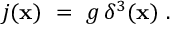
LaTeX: { j ( { \bf x } ) \ = \ g \, \delta ^ { 3 } ( { \bf x } ) \ . }